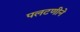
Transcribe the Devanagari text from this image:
पलटणीने